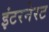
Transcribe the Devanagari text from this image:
इंटरनेरट